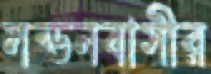
লন্ডনবাসীর